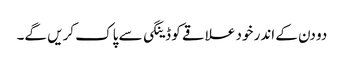
دو دن کے اندر خود علاقے کو ڈینگی سے پاک کریں گے۔